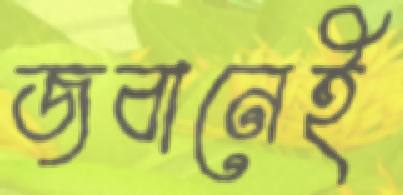
জবানেই